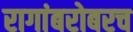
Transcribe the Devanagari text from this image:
रागांबरोबरच